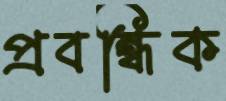
প্রবন্ধিক